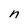
Character: n